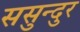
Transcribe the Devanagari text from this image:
ससुन्दुर